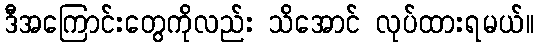
ဒီအကြောင်းတွေကိုလည်း သိအောင် လုပ်ထားရမယ်။